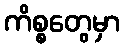
ကိစ္စတွေမှာ